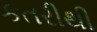
કતરીથી